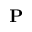
{ \bf P }